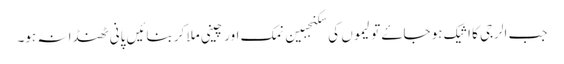
جب الرجی کا اثیک ہو جاۓ تو لیموں کی سکنجبین نمک اور چینی ملا کر بنائیں پانی ٹھنڈا نہ ہو۔